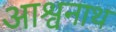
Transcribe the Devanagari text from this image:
आश्वनाथ